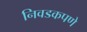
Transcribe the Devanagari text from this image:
निवडकपणे